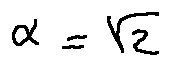
\alpha = \sqrt { 2 }